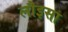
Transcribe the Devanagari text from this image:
लौइसा